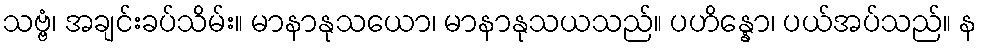
သဗ္ဗံ၊ အချင်းခပ်သိမ်း။ မာနာနုသယော၊ မာနာနုသယသည်။ ပဟိန္နော၊ ပယ်အပ်သည်။ န